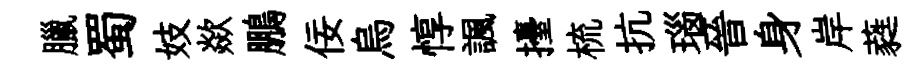
臘蜀妓歘鵬佞烏惇諷擡梳抗瑙晉身岸蕤